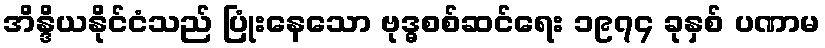
အိန္ဒိယနိုင်ငံသည် ပြုံးနေသော ဗုဒ္ဓစစ်ဆင်ရေး ၁၉၇၄ ခုနှစ် ပဏာမ